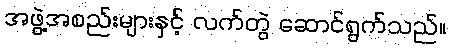
အဖွဲ့အစည်းများနှင့် လက်တွဲ ဆောင်ရွက်သည်။